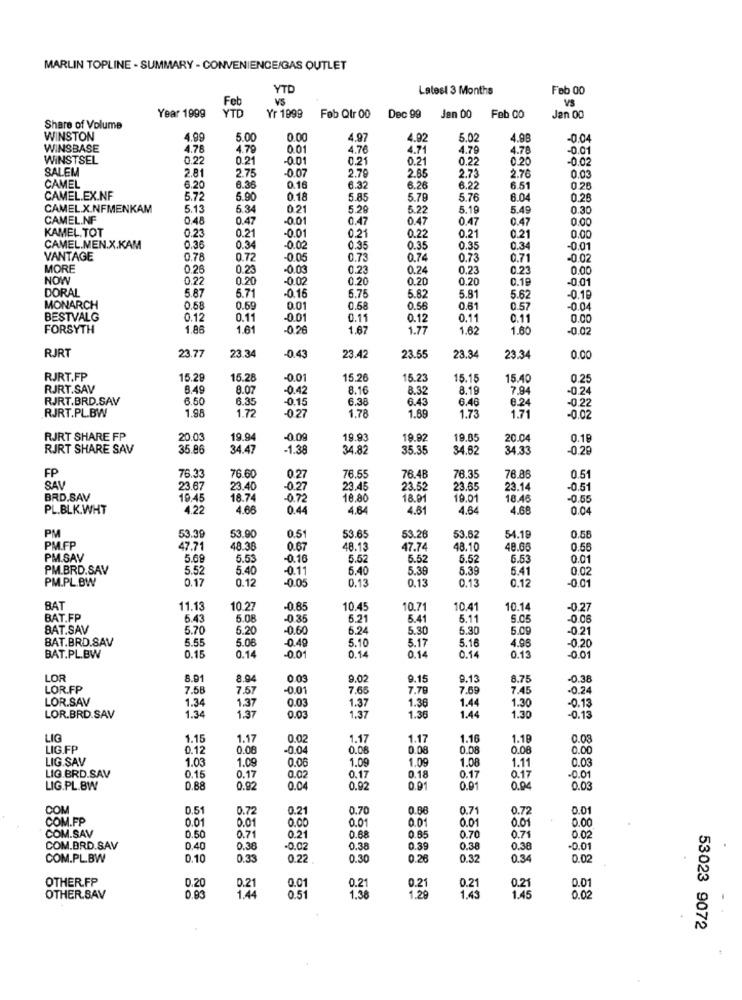
MARLIN TOPLINE - SUMMARY - CONVENIENCE/GAS OUTLET
YTD
Latest 3 Months
Feb 00
Feb
VS
VS
Year 1999
YTD
Yr 1999
Feb Qtr 00
Dec 99
Jan 00
Feb 00
Jan 00
Share of Volume
WINSTON
4.99
5.00
0.00
4.97
4.92
5.02
4.98
-0.04
WINSBASE
4.78
4.79
0.01
4.76
4.71
4.79
4.78
-0.01
WINSTSEL
0.22
0.21
-0.01
0.21
0.21
0.22
0.20
-0.02
SALEM
2.81
-0.07
2.79
2.85
0.03
2.75
2.73
2.76
CAMEL
6.20
6.36
0.16
6.32
6.26
6.22
6.51
0.28
CAMEL.EX.NF
5.72
5.90
0.18
5.85
5.79
5.76
6.04
0.28
CAMEL.X.NFMENKAM
5.13
6.34
0.21
5.29
5.22
5.19
5.49
0.30
CAMEL.NF
0.48
0.47
-0.01
0.47
0.47
0.47
0.47
0.00
KAMEL.TOT
0.21
-0.01
0.23
0.21
0.22
0.21
0.21
0.00
CAMEL.MEN.X.KAM
0.36
0.34
-0.02
0.35
0.35
0.35
0.34
0 01
VANTAGE
0.78
0.72
-0.05
0.73
0.74
0.73
0.71
-0.02
MORE
0.26
0.23
-0.03
0.23
0.24
0.23
0.23
0.00
NOW
0.22
0.20
-0.02
0.20
0.20
0.20
0.19
-0.01
DORAL
6.71
-0.15
5.87
6.75
5.82
5.81
5.62
-0.19
MONARCH
0.58
0.69
0.01
0.68
0.56
0.61
0.57
-0.04
BESTVALG
0.12
0.11
-0.01
0.11
0.12
0.11
0.11
0.00
FORSYTH
1.86
1.61
-0.26
1.67
1.77
1.62
1.60
RJRT
23.77
23.34
-0.43
23.42
23.55
23.34
23.34
0.00
RJRT.FP
15.29
15.28
-0.01
15.26
15.23
15.15
15.40
0.25
RJRT.SAV
8.49
8.07
-0.42
8.1€
8.32
8.19
7.94
-0.24
RJRT.BRD.SAV
6.50
6.35
-0.15
6.38
6.43
6.46
8.24
-0.22
RJRT.PL.BW
1.98
1.72
0.27
1.78
1.89
1.73
1.71
-0.02
RJRT SHARE FP
20.03
19.94
-0.09
19.93
19.92
19.0
20.04
0.19
RJRT SHARE SAV
35.86
34.47
-1.38
34.82
35.35
34.62
34.33
-0.29
FP
76.33
76.48
76.60
0.27
76.55
76.35
76.86
0.51
SAY
23.6
23.40
-0.27
23.45
23.52
23.65
23.14
-0.51
BRD.SAV
19.45
18.74
07
18.80
18.91
19.01
18.46
-0,55
PL.BLK.WHT
4.22
4.66
0.44
4.64
4.61
4.64
4.68
0.04
PM
53.65
53.39
53.90
0.5
53.26
53.62
54.18
0.58
PM.FP
47.71
48.38
0.67
48.13
47.74
48.10
48.66
0.55
PM.SAV
5.69
5.53
-0.16
5.52
5.52
5.52
6.5
0.01
PM.BRD.SAV
5.52
5.40
-0.11
5.40
5.39
5.39
5.41
0.02
PM.PL.BW
0.17
0.12
0.13
0.13
0.13
0.12
-0.05
-0.01
BAT
11.13
10.27
-0.85
10.45
10.71
10.41
10.14
-0.27
BAT.FP
5.43
5.08
-0.35
5.21
5.41
5.11
5.0
-0.06
BAT.SAV
5.70
5.20
-0.60
6.24
5.30
5.30
5.0
-0.21
BAT.BRD.SAV
5.55
5.06
0.40
5.10
4.96
0.14
5.17
5.16
-0.20
BAT.PL.BW
0.15
0.14
-0.01
0.14
0.14
0.13
-0.01
LOF
8.91
8.94
0
9.02
9.1
9.13
8.75
-0.38
LOR.FP
7.58
7.57
-0.01
7.65
7.78
7.69
7.45
-0.24
LOR.SAV
1.34
1.37
0.03
1.37
1.36
1.44
1.30
1.36
-0.13
LOR.BRD.SAV
1.34
1.37
0.03
1.37
1.44
1.30
-0.13
LIG
1.15
1.17
0.0
1.17
1.17
1.16
1.19
0.03
LIG.FP
0.12
0.08
-0.04
0.06
0.08
0.08
0.00
0.00
LIG.SAV
1.03
1.09
0.06
1.09
1.09
1.08
1.11
0.03
LIG.BRD.SAV
0.15
0.17
0.02
0.17
0.18
0.17
0.17
-0.01
LIG.PL.BW
0.88
0.92
0.04
0.92
0.91
0.91
0.04
0.03
COM
0.51
0.72
0.21
0.70
0.68
0.71
0.72
0.01
COM.FP
0.01
0.01
0.00
0.01
0.01
0.01
0.01
0.00
COM.SAV
0.50
0.70
0.71
0.21
0.68
0.85
0.71
0.02
COM.BRD.SAV
0.40
0.38
.0.02
0.38
0.39
0.38
0.38
-0.0
COM.PL.BW
0.10
0.33
0.22
0.30
0.26
0.32
0.34
0.02
OTHER.FP
0.20
0.01
1.44
0.21
0.01
0.51
0.21
0.21
1.20
0.21
0.21
OTHER.BAV
0.9
1.38
1.43
1.49
0.02
53023 9072